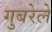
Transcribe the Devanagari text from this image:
गुबरेले